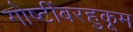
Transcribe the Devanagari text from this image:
गोष्टींबरहुकूम